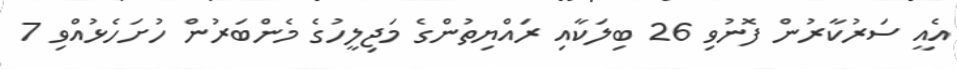
އެއީ ސަރުކާރުން ފޮނުވި 26 ބިލަކާއި ރައްޔިތުންގެ މަޖިލީހުގެ މެންބަރުން ހުށަހެޅުއްވި 7